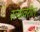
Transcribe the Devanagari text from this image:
स्त्यावरील